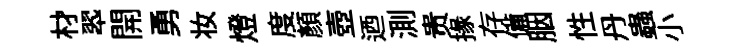
材翆開勇妆燈度顔壺迺測贵掾存備胭性丹蟲小